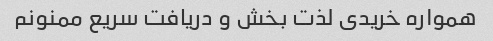
همواره خریدی لذت بخش و دریافت سریع ممنونم